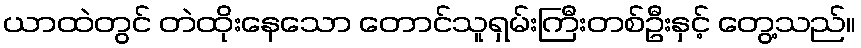
ယာထဲတွင် တဲထိုးနေသော တောင်သူရှမ်းကြီးတစ်ဦးနှင့် တွေ့သည်။